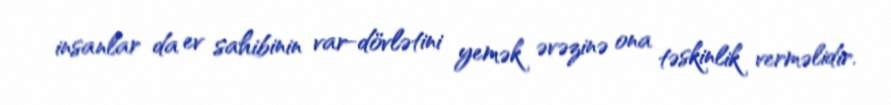
insanlar da ev sahibinin var-dövlətini yemək əvəzinə ona təskinlik verməlidir.